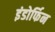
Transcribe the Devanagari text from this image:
इंडोर्फिन